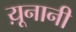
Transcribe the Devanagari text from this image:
य़ूनानी